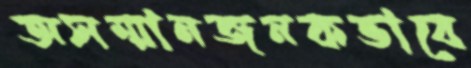
অসম্মানজনকভাবে